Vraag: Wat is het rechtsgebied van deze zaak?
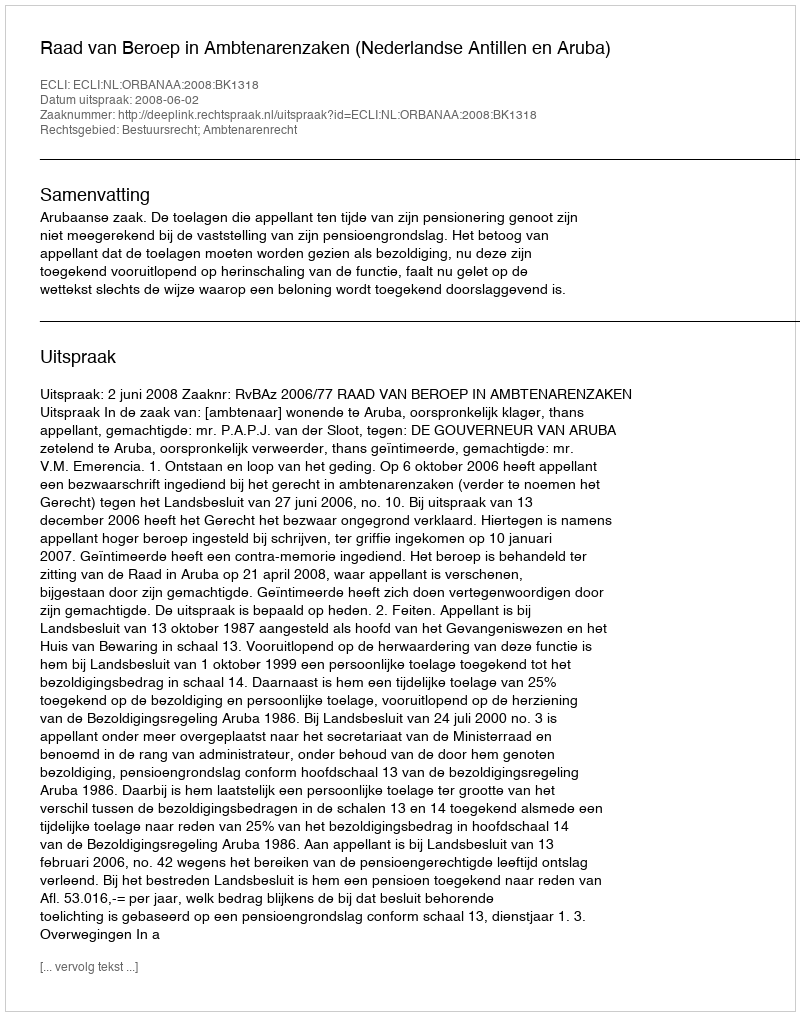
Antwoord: Bestuursrecht; Ambtenarenrecht